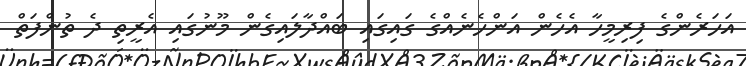
އަހަރެންގެ ފިރިމީހާ އެހެން އަންހެނެއްގެ ގައިގައި ބައްދާލައިގެން މޫނުގައި އެރީތި ދެ ތުންފަތް